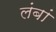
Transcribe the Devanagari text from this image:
लंबां